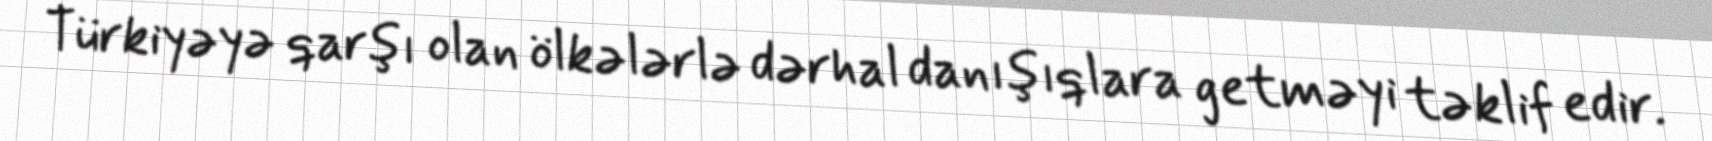
Türkiyəyə qarşı olan ölkələrlə dərhal danışıqlara getməyi təklif edir.